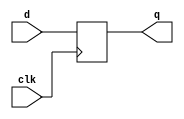
module flipflop(d,q,clk);
    input d,clk;
    output reg q;
    always@(posedge clk)
      q<=d;

endmodule